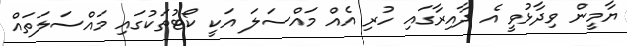
ޔާމީން ވިދާޅުވީ އެ ދާއިރާގައި ހުރި އެއް މައްސަލަ އަކީ ކޯޓުތަކުގައި މައްސަލަތައް